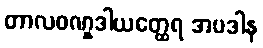
တာလဝဏ္နဒါယတ္ထေရ အပဒါန